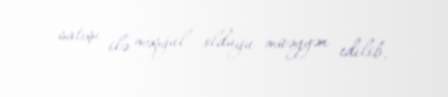
satışı ilə məşğul olduğu müəyyən edilib.